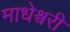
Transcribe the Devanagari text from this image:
माधेश्वरी